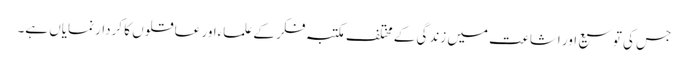
جس کی توسیع اور اشاعت میں زندگی کے مختلف مکتبہ فکر کے علماءاور عاقلوں کا کردار نمایاں ہے۔